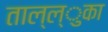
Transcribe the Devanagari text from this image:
ताल्ल्ुका